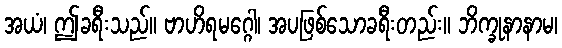
အယံ၊ ဤခရီးသည်။ ဗာဟိရမဂ္ဂေါ၊ အပဖြစ်သောခရီးတည်း။ ဘိက္ခုနာနာမ၊